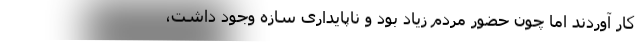
کار آوردند اما چون حضور مردم زیاد بود و ناپایداری سازه وجود داشت،